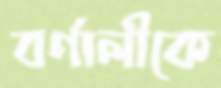
বর্ণালীকে